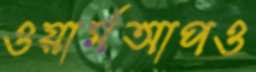
ওয়ার্মআপও